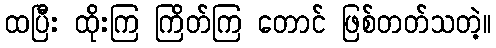
ထပြီး ထိုးကြ ကြိတ်ကြ တောင် ဖြစ်တတ်သတဲ့။